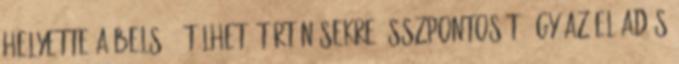
helyette a belső, átélhető történésekre összpontosít, így az előadás